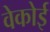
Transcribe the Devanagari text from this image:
वेकोई